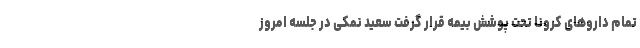
تمام داروهای کرونا تحت پوشش بیمه قرار گرفت سعید نمکی در جلسه امروز